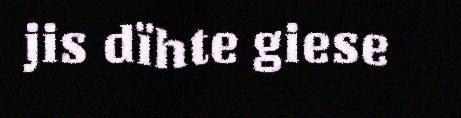
jis dïhte giese